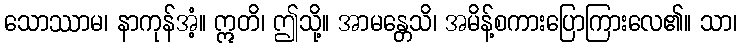
သောဿာမ၊ နာကုန်အံ့။ ဣတိ၊ ဤသို့။ အာမန္တေသိ၊ အမိန့်စကားပြောကြားလေ၏။ သာ၊